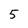
Character: 5